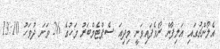
އެލޯންޗުގައި އަލިފާން ރޯވެފައިވަނީ މިދިއަ ސެޕްޓެމްބަރު މަހުގެ 26 ވަނަ ދުވަހު 13:10